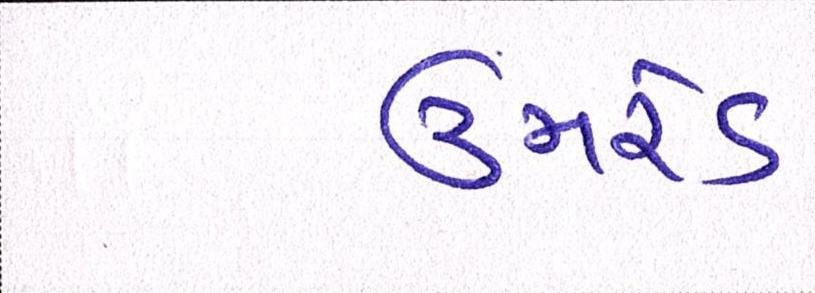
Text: ઉમરેડ